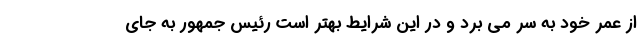
از عمر خود به سر می برد و در این شرایط بهتر است رئیس جمهور به جای